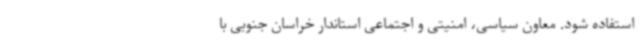
استفاده شود. معاون سیاسی، امنیتی و اجتماعی استاندار خراسان جنوبی با